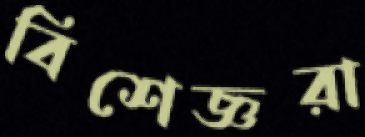
বিশেজ্ঞরা